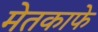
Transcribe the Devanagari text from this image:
मेतकाफे